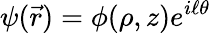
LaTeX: \psi({\vec{r}})=\phi(\rho,z)e^{i\ell\theta}